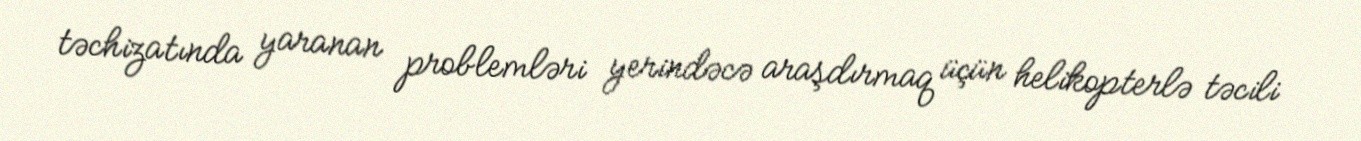
təchizatında yaranan problemləri yerindəcə araşdırmaq üçün helikopterlə təcili